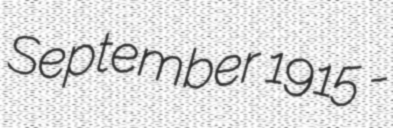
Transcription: September 1915 -